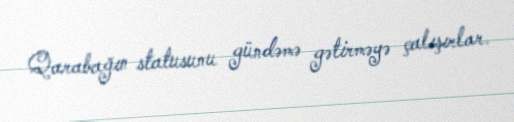
Qarabağın statusunu gündəmə gətirməyə çalışırlar.